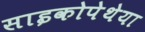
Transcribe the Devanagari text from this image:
साइकोपेथेया